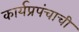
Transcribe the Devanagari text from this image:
कार्यप्रपंचाची